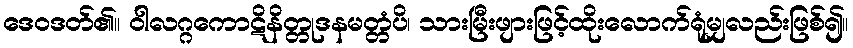
ဒေဝဒတ်၏။ ဝါလဂ္ဂကောဋိနိတ္တုဒနမတ္တံပိ၊ သားမြီးဖျားဖြင့်ထိုးလောက်ရုံမျှလည်းဖြစ်၍။